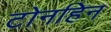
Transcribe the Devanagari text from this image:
टोनहिन